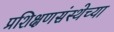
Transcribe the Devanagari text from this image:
प्रशिक्षणसंस्थेच्या